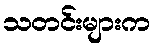
သတင်းများက